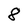
Character: 8